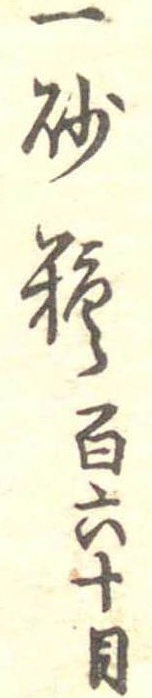
一砂糖百六十目